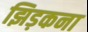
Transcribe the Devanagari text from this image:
झिड़कना